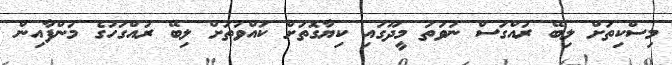
މިސްކިތަށް ލިބޭ ރުއްގަސް ނުވަތަ މީދޫގައި ކިޔާގޮތަށް ކައްވަތަށް ލިބޭ ރުއްގަހުގެ މަންފާއިން